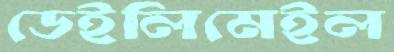
ডেইলিমেইল